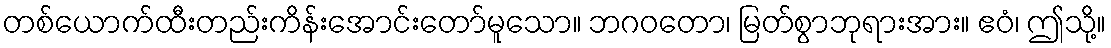
တစ်ယောက်ထီးတည်းကိန်းအောင်းတော်မူသော။ ဘဂဝတော၊ မြတ်စွာဘုရားအား။ ဧဝံ၊ ဤသို့။